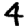
Digit: 4